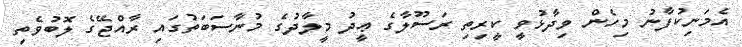
އެމަނިކުފާނު މިހެން ވިދާޅުވީ ކީރިތި ރަސޫލާގެ ޢީދު މީލާދުގެ މުނާސަބަތުގައި ރާއްޖޭގެ ލޮބުވެތި